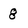
Character: 8